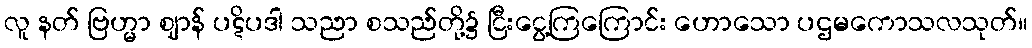
လူ နတ် ဗြဟ္မာ ဈာန် ပဋိပဒါ သညာ စသည်တို့၌ ငြီးငွေ့ကြကြောင်း ဟောသော ပဌမကောသလသုတ်။